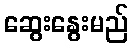
ဆွေးနွေးမည်